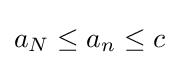
a_{N}\leq a_{n}\leq c